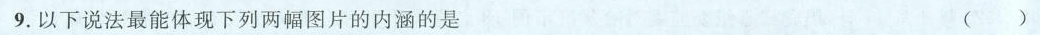
9.以下说法最能体现下列两幅图片的内涵的是 ()